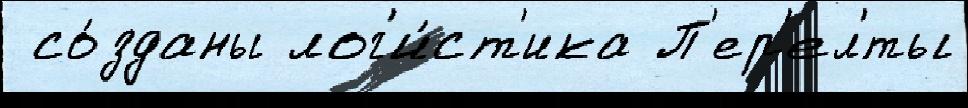
 со́зданы лог'и́ст'ика П'ер'ел'́ты